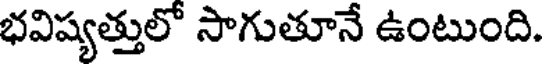
భవిష్యత్తులో సాగుతూనే ఉంటుంది.